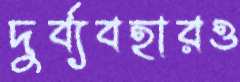
দুর্ব্যবহারও